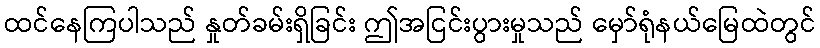
ထင်နေကြပါသည် နှုတ်ခမ်းရှိခြင်း ဤအငြင်းပွားမှုသည် မှော်ရုံနယ်မြေထဲတွင်